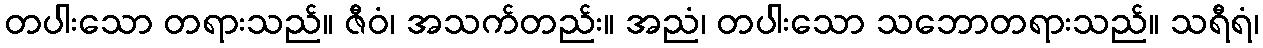
တပါးသော တရားသည်။ ဇီဝံ၊ အသက်တည်း။ အညံ၊ တပါးသော သဘောတရားသည်။ သရီရံ၊